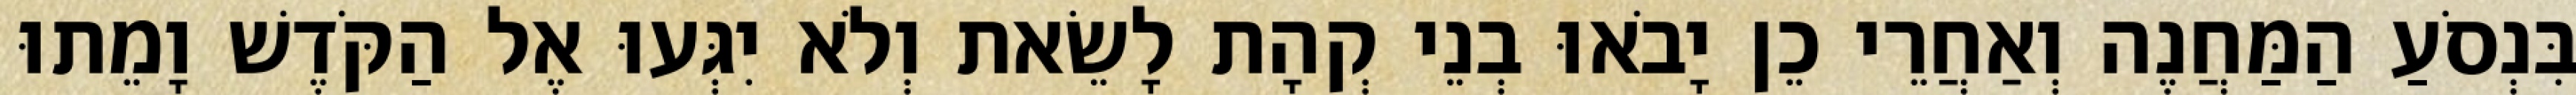
בִּנְסֹעַ הַמַּחֲנֶה וְאַחֲרֵי כֵן יָבֹאוּ בְנֵי קְהָת לָשֵׂאת וְלֹא יִגְּעוּ אֶל הַקֹּדֶשׁ וָמֵתוּ